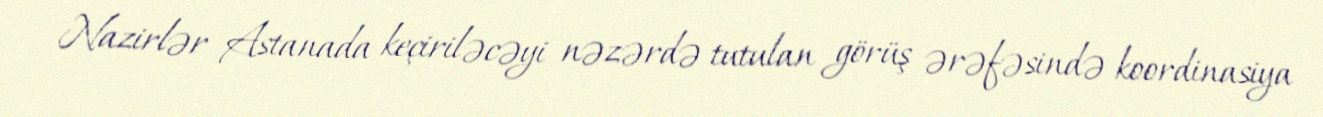
Nazirlər Astanada keçiriləcəyi nəzərdə tutulan görüş ərəfəsində koordinasiya